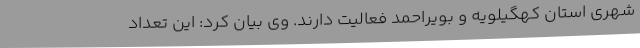
شهری استان کهگیلویه و بویراحمد فعالیت دارند. وی بیان کرد: این تعداد